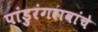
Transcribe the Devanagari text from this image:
पांडुरंगरावांचे